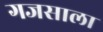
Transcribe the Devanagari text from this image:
गजसाला